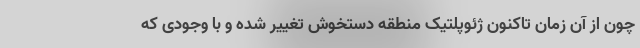
چون از آن زمان تاکنون ژئوپلتیک منطقه دستخوش تغییر شده و با وجودی که